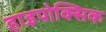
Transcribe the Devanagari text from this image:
हाइपोक्सिक